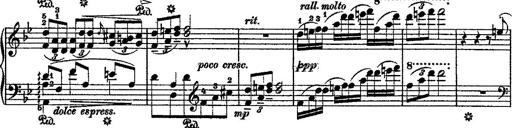
Title: Fantaisie romantique sur deux mÃ©lodies suisses
Composer: Franz Liszt